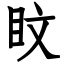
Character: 盿